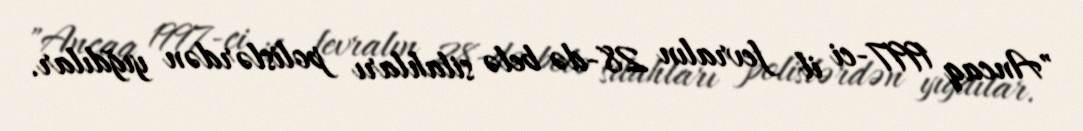
"Ancaq 1997-ci il fevralın 28-də belə silahları polislərdən yığdılar.